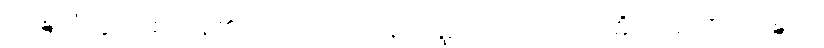
ဝဍ္ဎေသုံ၊ ပွားစေကုန်၏။ တေ၊ ထိုရဟန်းပုဏ္ဏားတို့သည်။ ဥပဓိံ၊ ဥပဓိကို။ ဝဍ္ဎေသုံ၊